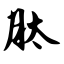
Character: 肽